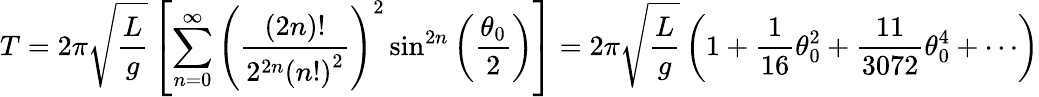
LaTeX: T=2\pi{\sqrt{\frac{L}{g}}}\left[\sum_{n=0}^{\infty}\left({\frac{\left(2n\right)!}{2^{2n}\left(n!\right)^{2}}}\right)^{2}\sin^{2n}\left({\frac{\theta_{0}}{2}}\right)\right]=2\pi{\sqrt{\frac{L}{g}}}\left(1+{\frac{1}{16}}\theta_{0}^{2}+{\frac{11}{3072}}\theta_{0}^{4}+\cdots\right)